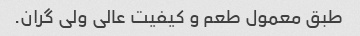
طبق معمول طعم و کیفیت عالی ولی گران.